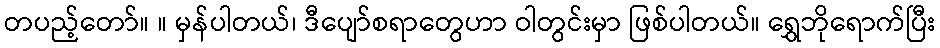
တပည့်တော်။ ။ မှန်ပါတယ်၊ ဒီပျော်စရာတွေဟာ ဝါတွင်းမှာ ဖြစ်ပါတယ်။ ရွှေဘိုရောက်ပြီး